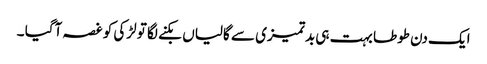
ایک دن طوطا بہت ہی بدتمیزی سے گالیاں بکنے لگا تو لڑکی کو غصہ آگیا ۔